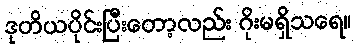
ဒုတိယပိုင်းပြီးတော့လည်း ဂိုးမရှိသရေ။